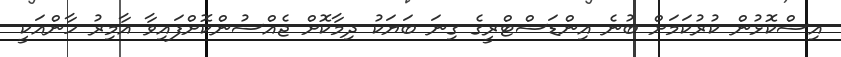
އިސްކޮޅުން ކުރުކަމަށް ބުނެ އިންޑަސްޓްރީގެ ގިނަ ބަޔަކު ދިމާކޮށް ޖެއްސުންކޮށްފައިވާ އާމިރު ހާންއަކީ